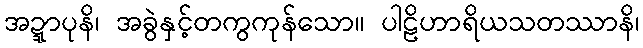
အဍ္ဍာပုနိ၊ အခွဲနှင့်တကွကုန်သော။ ပါဠိဟာရိယသတဿာနိ၊